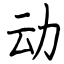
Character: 动